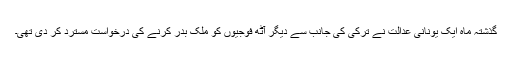
گذشتہ ماہ ایک یونانی عدالت نے ترکی کی جانب سے دیگر آٹھ فوجیوں کو ملک بدر کرنے کی درخواست مسترد کر دی تھی۔